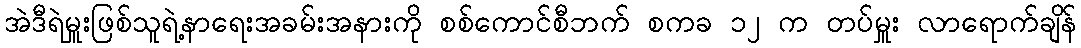
အဲဒီရဲမှူးဖြစ်သူရဲ့နာရေးအခမ်းအနားကို စစ်ကောင်စီဘက် စကခ ၁၂ က တပ်မှူး လာရောက်ချိန်